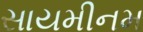
સાયમીનમ